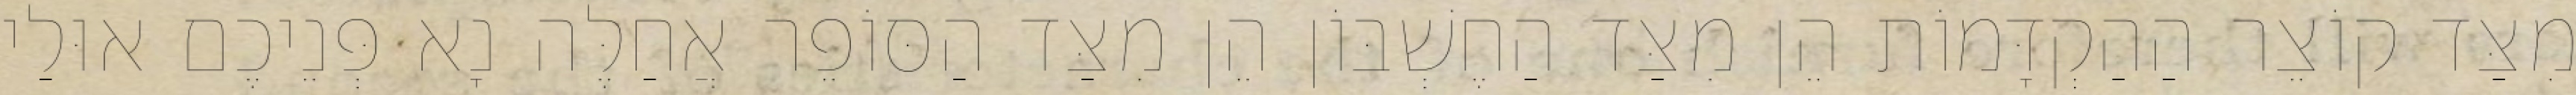
מִצַּד קוֹצֵר הַהַקְדָּמוֹת הֵן מִצַּד הַחֶשְׁבּוֹן הֵן מִצַּד הַסּוֹפֵר אֲחַלֶּה נָא פְּנֵיכֶם אוּלַי